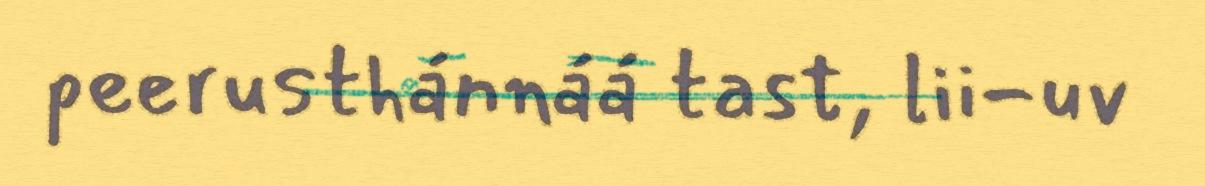
peerusthánnáá tast, lii-uv